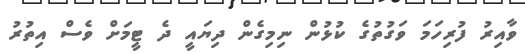
ވާއިރު ފުރިހަމަ ވަގުތުގެ ކުޅުން ނިމިގެން ދިޔައީ ދެ ޓީމަށް ވެސް އިތުރު